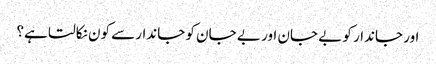
اور جاندار کو بے جان اور بے جان کو جاندارسے کون نکالتا ہے؟